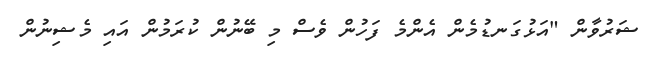
ޝަރުވާން "އަޅުގަނޑުމެން އެންމެ ފަހުން ވެސް މި ބޭނުން ކުރަމުން އައި މެޝިނުން